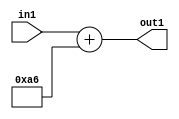
`timescale 1ps / 1ps
/*****************************************************************************
    Verilog RTL Description
    
    
    Created by: Stratus DpOpt 2019.1.01 
*******************************************************************************/

module DC_Filter_Add_12U_281_4 (
	in1,
	out1
	); /* architecture "behavioural" */ 
input [11:0] in1;
output [11:0] out1;
wire [11:0] asc001;

assign asc001 = 
	+(in1)
	+(12'B000010100110);

assign out1 = asc001;
endmodule

/* CADENCE  urnzTA0= : u9/ySgnWtBlWxVPRXgAZ4Og= ** DO NOT EDIT THIS LINE ******/